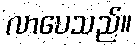
လာပေသည်။